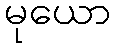
မုယော